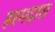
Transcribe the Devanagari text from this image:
हरमदास